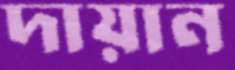
দায়ান